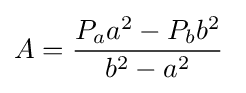
A={\dfrac {P_{a}a^{2}-P_{b}b^{2}}{b^{2}-a^{2}}}\